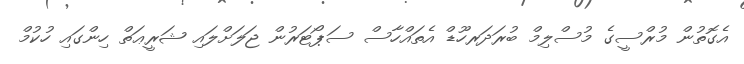
އެގޮތުން މުރްސީގެ މުސްލިމް ބުރަދަރހޫޑް އެތައްހާސް ސަޕޯޓަރުން ޖަލަށްލައި ޝަރީޢަތް ހިންގައި ހުކުމް